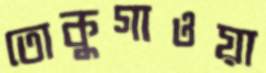
তোকুগাওয়া